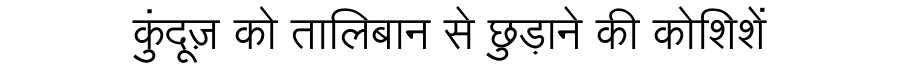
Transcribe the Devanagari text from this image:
कुंदूज़ को तालिबान से छुड़ाने की कोशिशें